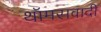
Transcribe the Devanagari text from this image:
थॉमसवादी